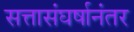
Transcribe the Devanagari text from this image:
सत्तासंघर्षानंतर